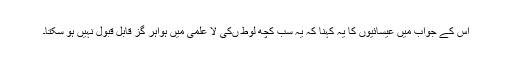
اس کے جواب میں عیسائیوں کا یہ کہنا کہ یہ سب کچھ لوط ںکی لا علمی میں ہواہر گز قابل قبول نہیں ہو سکتا۔